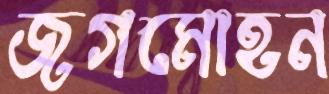
জগমোহন